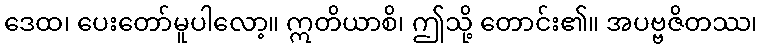
ဒေထ၊ ပေးတော်မူပါလော့။ ဣတိယာစိ၊ ဤသို့ တောင်း၏။ အပဗ္ဗဇိတဿ၊